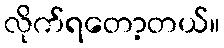
လိုက်ရတော့တယ်။